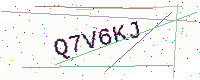
Text: Q7V6KJ